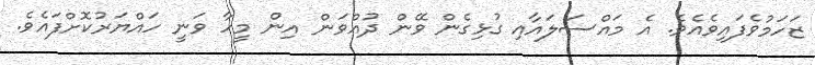
ޒަހަމުވެފައިވެއެވެ. އެ މައްސަލައާއި ގުޅިގެން ވޭން ދުއްވަން އިން މީހާ ވަނީ ހައްޔަރުކޮށްފައެވެ.